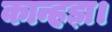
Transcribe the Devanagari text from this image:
कान्हड़ा।